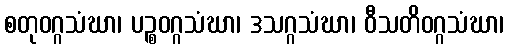
စတုဝဂ္ဂသံဃာ၊ ပဉ္စဝဂ္ဂသံဃာ၊ ဒသဂ္ဂသံဃာ၊ ဝီသတိဝဂ္ဂသံဃာ၊